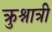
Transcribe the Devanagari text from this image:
क्रुश्नात्री